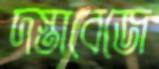
দস্তাবেজে